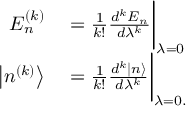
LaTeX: \begin{array} { r l } { E _ { n } ^ { ( k ) } } & { { } = { \frac { 1 } { k ! } } { \frac { d ^ { k } E _ { n } } { d \lambda ^ { k } } } { \bigg | } _ { \lambda = 0 } } \\ { \left| n ^ { ( k ) } \right\rangle } & { { } = { \frac { 1 } { k ! } } { \frac { d ^ { k } | n \rangle } { d \lambda ^ { k } } } { \bigg | } _ { \lambda = 0 . } } \end{array}